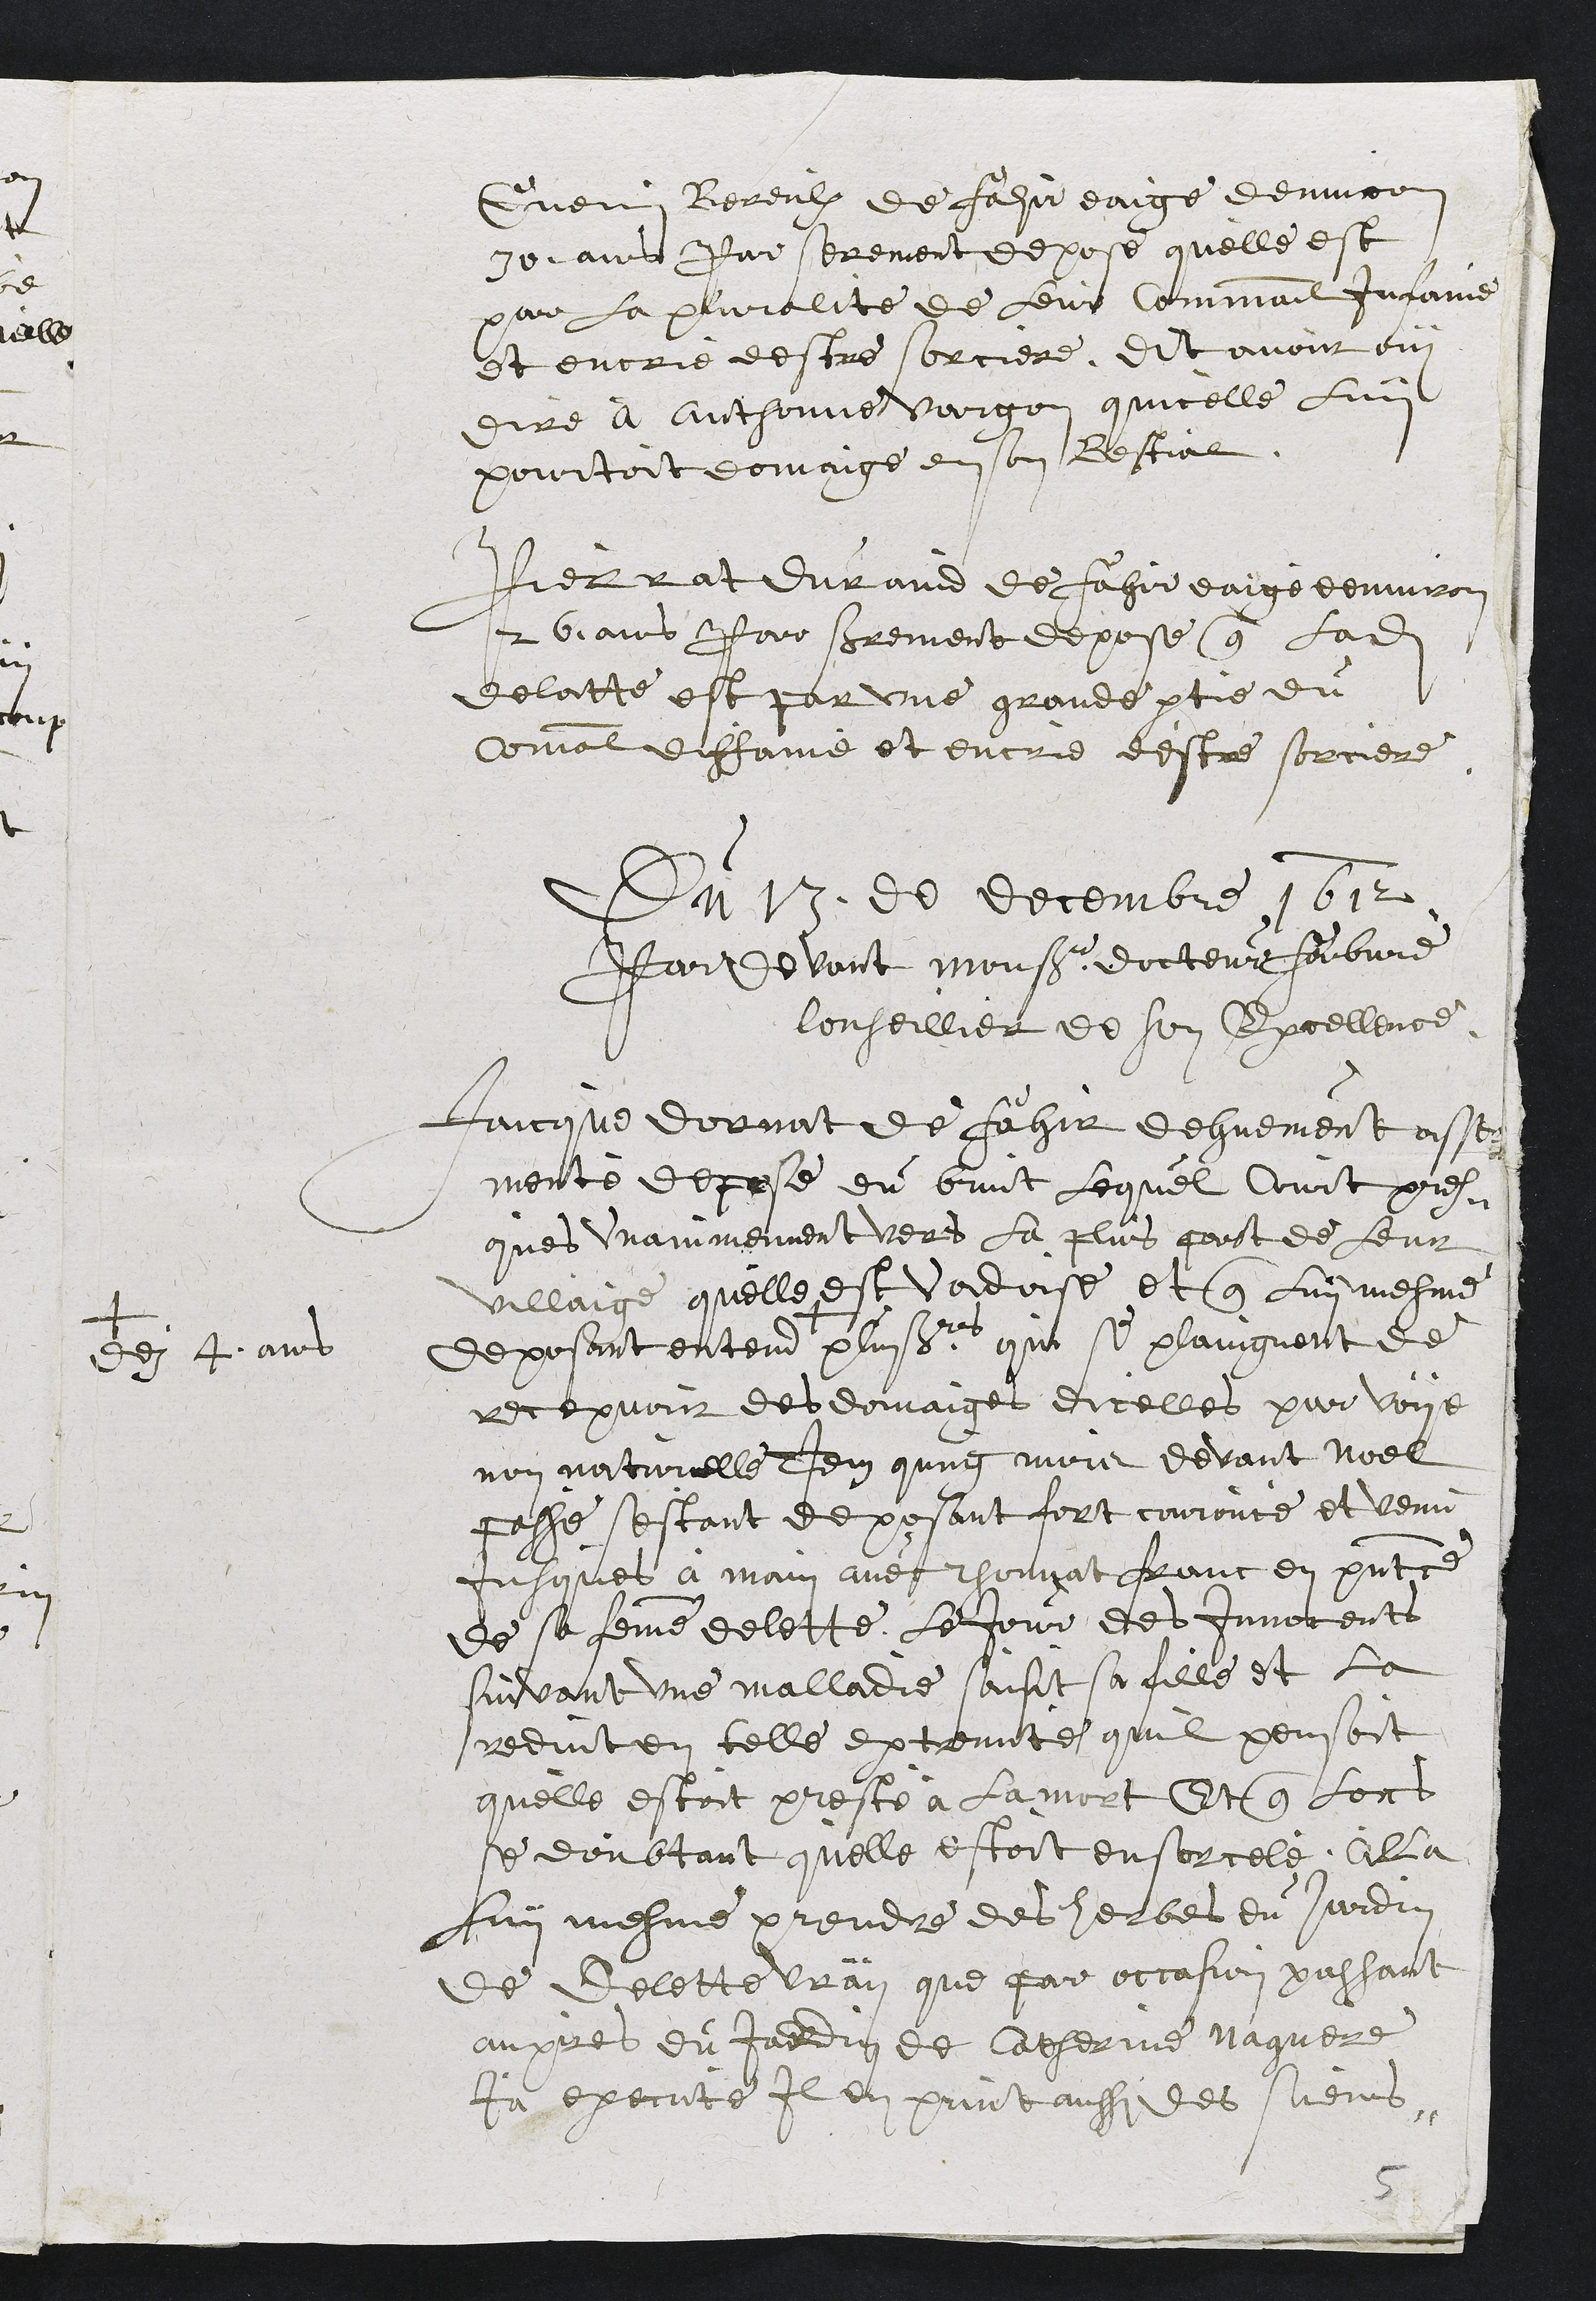
Guenin Bereulx de Fahir eaige denviron
30 ans Par serement depose quelle est
par la plualite de leur communal infamé
et encrie destre sorciere, dit avoit ouy
dire à Anthonne Vargon quicelle luy
pourtoit domaige en son Bestial
Pierrat durand de Fahir eaige denviron
26 ans par serrement depose que ladite
delatte est par une grande partie du
comal diffame et encrie d'estre sorciere
Du 13 de decembre 1612
Par devant Monsieur docteur Faibvre
Conseillier de son Excellence
Jaicque dornat de Fahir dehuement asser
menté depose du bruit lequel Court pres¬
ques unanimement vers la plus part de leur
villaige quelle est vadoise et que luy mesme
deposant entend +
+
dez 4 ans
plusieurs qui se plaingnent de
recepvoir des domaige dicelles par voye
non naturelle Item qung mois devant Noel
passé sestant deposant tort couroucé et venu
jusques à main avec thonnat franc en pntce
de sa femme delette Le jour des Innocents
suivant une malladie saisit sa fille et la
reduit en telle extremité quil pensoit
quelle estoit preste à la mort Et que lors
se doubtant quelle estoit ensorcelé Alla
luy mesme prendre des herbes du jardin
de Delette Vray que par occasion passant
aupres du jardin de Catherine Naguere
ja execute il en print aussi des siens